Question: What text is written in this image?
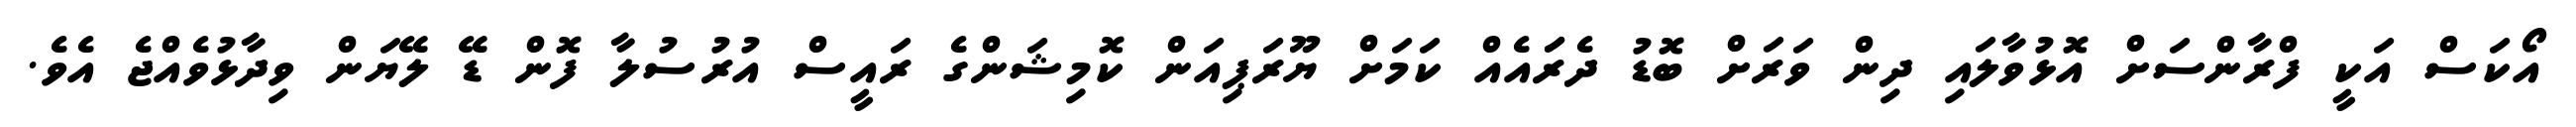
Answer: އޯކަސް އަކީ ފްރާންސަށް އޮޅުވާލައި ދިން ވަރަށް ބޮޑު ދެރަައެއް ކަމަށް ޔޫރަޕިއަން ކޮމިޝަންގެ ރައީސް އުރުސުލާ ފޮން ޑޭ ލޭޔަން ވިދާޅުވެއްޖެ އެވެ.